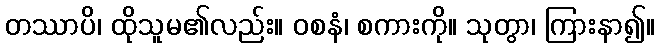
တဿာပိ၊ ထိုသူမ၏လည်း။ ဝစနံ၊ စကားကို။ သုတွာ၊ ကြားနာ၍။